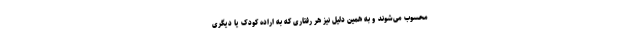
محسوب می‌شوند و به همین دلیل نیز هر رفتاری که به اراده کودک یا دیگری